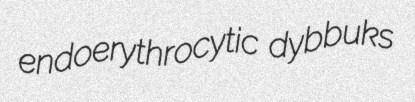
endoerythrocytic dybbuks